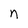
Character: n